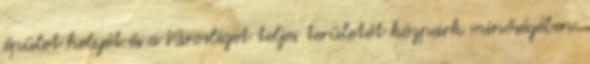
épület helyét és a Városliget teljes területét közpark minőségében.